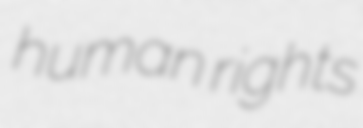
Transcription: human rights